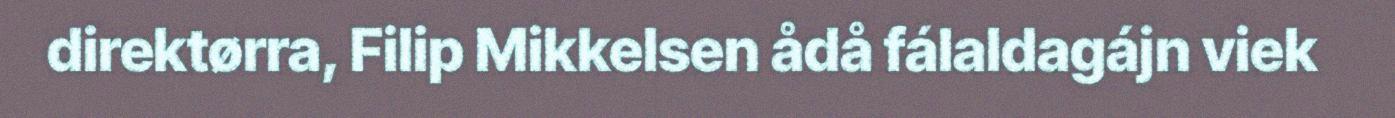
direktørra, Filip Mikkelsen ådå fálaldagájn viek